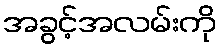
အခွင့်အလမ်းကို